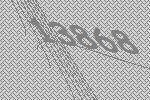
13868